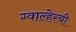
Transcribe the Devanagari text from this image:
ग्वाल्हेरची